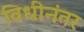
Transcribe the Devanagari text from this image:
विधीनंतर